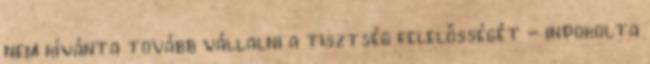
nem kívánta tovább vállalni a tisztség felelősségét - indokolta